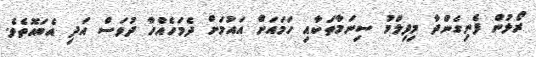
ރޯލުން ފެނިގެންދާ މިފިލްމު ސިނަމާތަކާއި ހަމައަށް އައުމަށް ދެމަހެއްހާ ދުވަސް އަދި އެބައޮތެވެ.